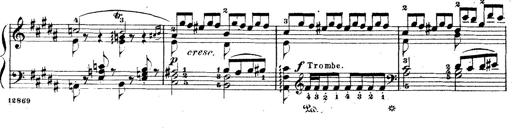
Title: Wagner-Liszt Album
Composer: Franz Liszt